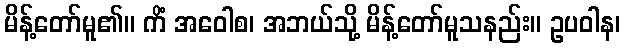
မိန့်တော်မူ၏။ ကိံ အဝေါစ၊ အဘယ်သို့ မိန့်တော်မူသနည်း။ ဥပဝါန၊